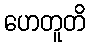
ဟေတူတိ